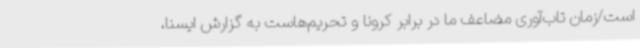
است/زمان تاب‌آوری مضاعف ما در برابر کرونا و تحریم‌هاست به گزارش ایسنا،